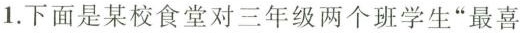
1. 下面是某校食堂对三年级两个班学生”最喜